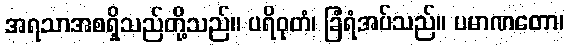
အရသာအစရှိသည်တို့သည်။ ပရိဝုတံ၊ ခြံရံအပ်သည်။ ပမာဏတော၊